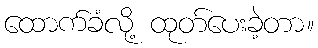
ထောက်ခံလို့ ထုတ်ပေးခဲ့တာ။